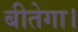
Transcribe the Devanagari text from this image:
बीतेगा।